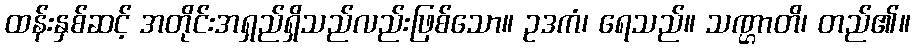
ထန်းနှစ်ဆင့် အတိုင်းအရှည်ရှိသည်လည်းဖြစ်သော။ ဥဒကံ၊ ရေသည်။ သဏ္ဌာတိ၊ တည်၏။